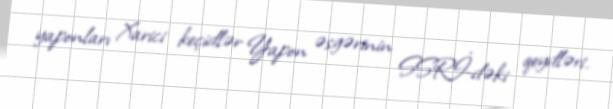
yaponları Xarici keçidlər Yapon əsgərinin SSRİ-dəki qeydləri.